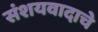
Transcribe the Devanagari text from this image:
संशयवादाचे